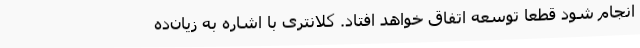
انجام شود قطعا توسعه اتفاق خواهد افتاد. کلانتری با اشاره به زیان‌ده